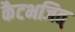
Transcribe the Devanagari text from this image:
कैटभजित्